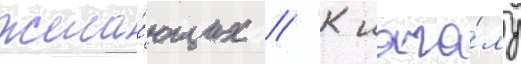
жела́ющих // К нача́лу